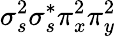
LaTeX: \sigma_{s}^{2}\sigma_{s}^{*}\pi_{x}^{2}\pi_{y}^{2}